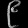
Digit: ၉